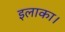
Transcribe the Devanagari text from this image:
इलाका।